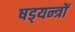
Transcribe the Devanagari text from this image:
षड्‍यन्त्रों